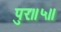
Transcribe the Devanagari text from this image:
पुरः॥५॥